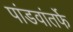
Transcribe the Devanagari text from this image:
पांडवांतर्फे